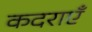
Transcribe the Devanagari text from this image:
कदराएँ